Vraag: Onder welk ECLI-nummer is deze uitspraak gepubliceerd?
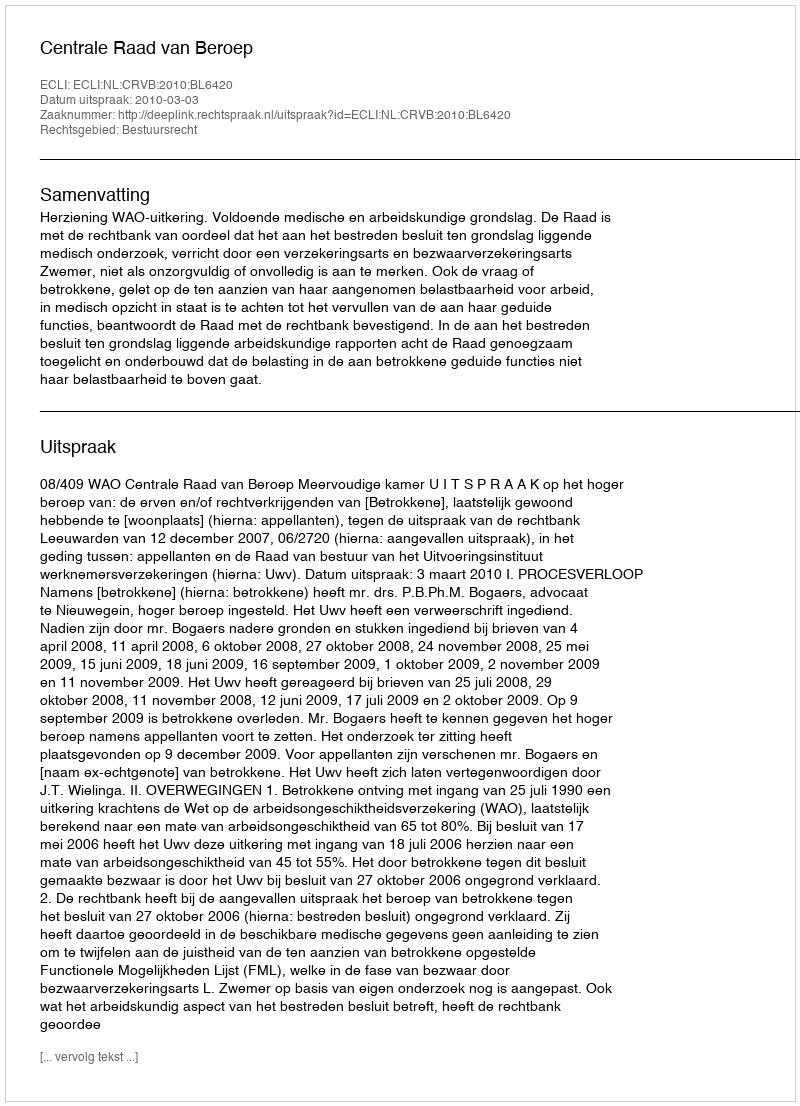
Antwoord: ECLI:NL:CRVB:2010:BL6420